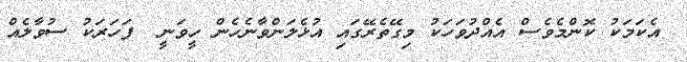
އެކަމަކު ކޮންމެވެސް އެއްދުވަހަކު މިގޭތެރޭގައި އުޅެލަންވާނެހެން ހީވަނީ  ފަހަރަކު ސުވާލެއް